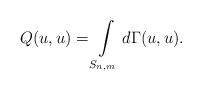
LaTeX: \begin{align*}Q(u,u)=\int\limits_{S_{n,m}}d\Gamma(u,u).\end{align*}